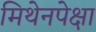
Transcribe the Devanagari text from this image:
मिथेनपेक्षा